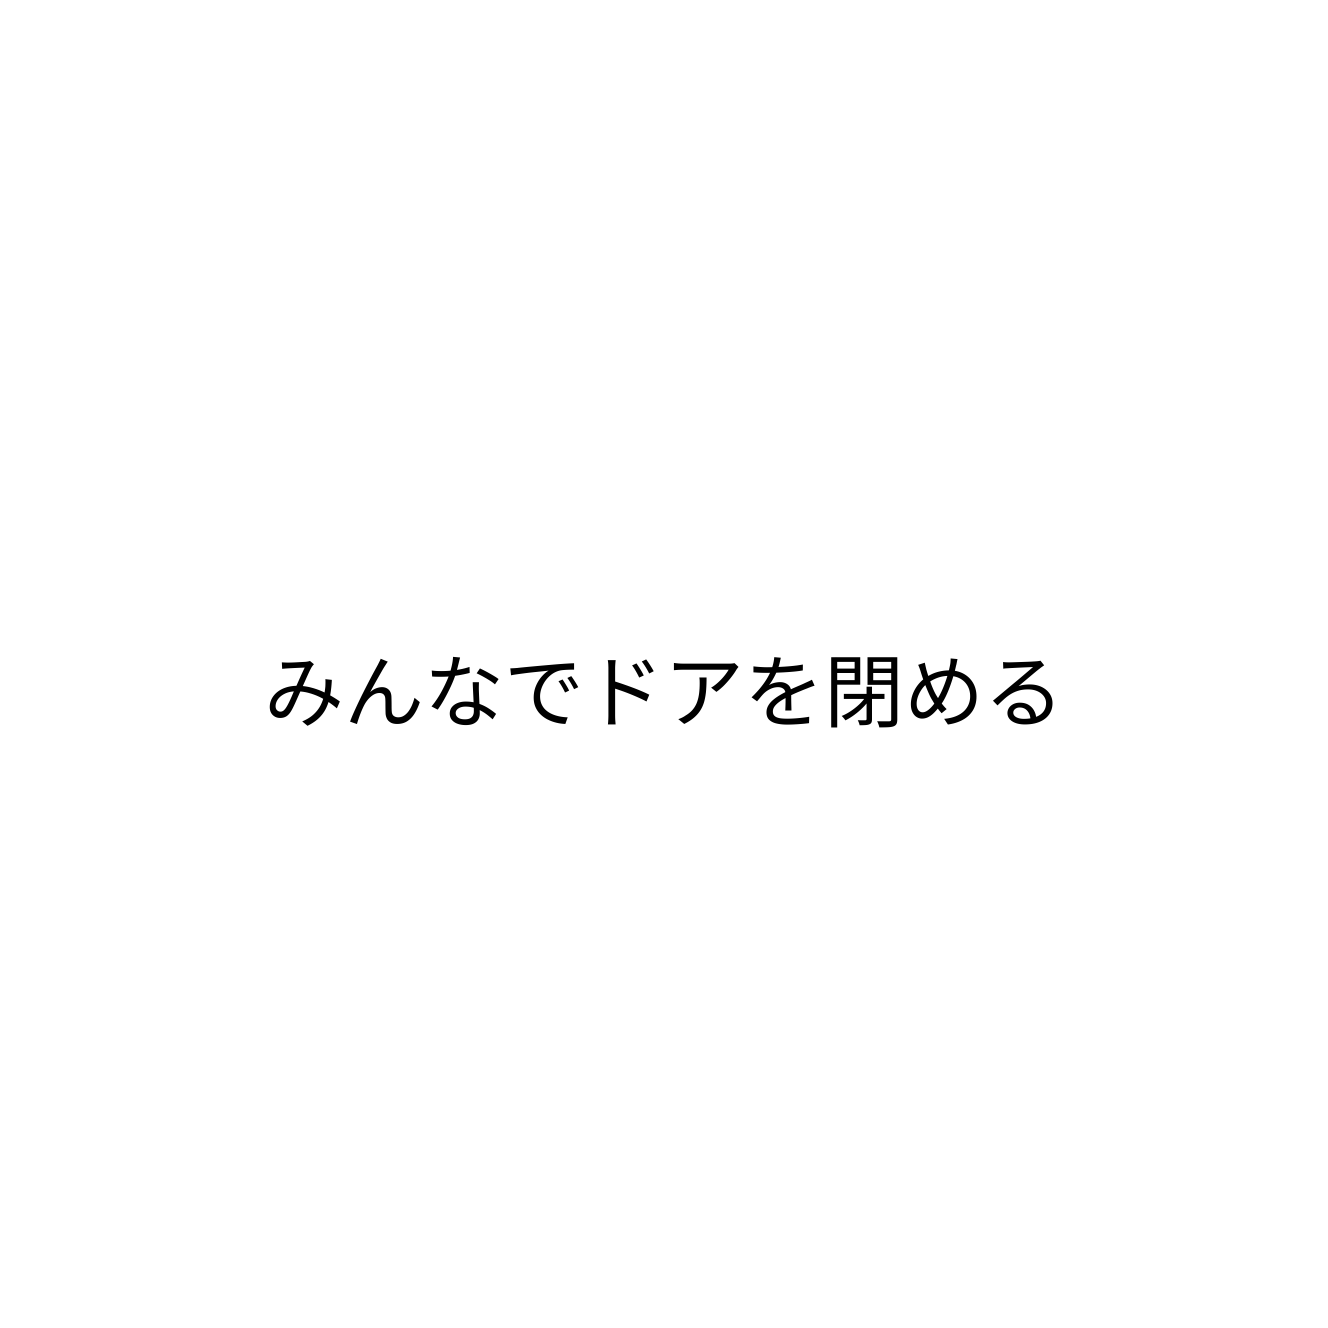
みんなでドアを閉める